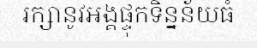
រក្សានូវអង្គផ្ទុកទិន្នន័យធំ